Vaccination report Assam 1896-1927 - 1896-1927
Year: 1896
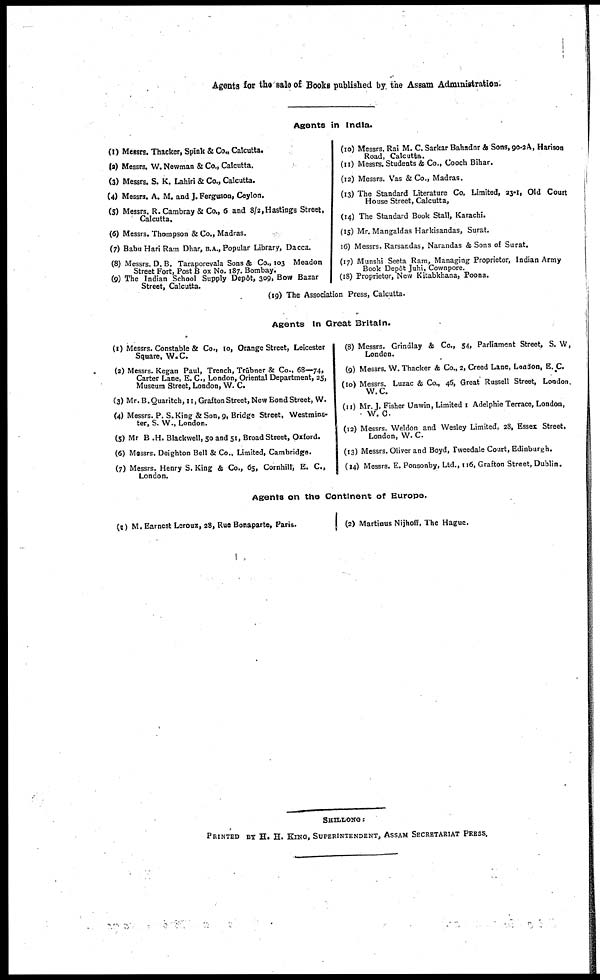
Agents for the sale of Books published by the Assam Administration.
Agents in India.
(1) Messrs. Thacker, Spink & Co., Calcutta.
(2) Messrs. W. Newman & Co., Calcutta.
(3) Messrs. S. K. Lahiri & Co., Calcutta.
(4) Messrs. A. M. and J. Ferguson, Ceylon.
(5) Messrs. R. Cambray & Co., 6 and 8/2, Hastings Street,
Calcutta,
(6) Messrs. Thompson & Co., Madras.
(7) Babu Hari Ram Dhar, B.A., Popular Library, Dacca.
(8) Messrs. D. B. Taraporevala Sons & Co., 103 Meadon
Street Fort, Post Box No. 187. Bombay.
(9) The Indian School Supply Depôt, 309, Bow Bazar
Street, Calcutta.
(10) Messrs. Rai M. C. Sarkar Bahadur & Sons, 90-2A, Hanson
Road, Calcutta.
(11) Messrs. Students & Co., Cooch Bihar.
(12) Messrs. Vas & Co., Madras.
(13) The Standard Literature Co. Limited, 23-1, Old Court
House Street, Calcutta,
(14) The Standard Book Stall, Karachi.
(15) Mr. Mangaldas Harkisandas, Surat.
16) Messrs. Rarsandas, Narandas & Sons of Surat.
(17) Munshi Seeta Ram, Managing Proprietor, Indian Army
Book Dep6t Juhi, Cownpore.
(18) Proprietor, New Kitabkhana, Poona.
(19) The Association Press, Calcutta.
Agents In Great Britain.
(1) Messrs. Constable & Co., 10, Orange Street, Leicester
Square, W.C.
(2) Messrs. Kegan Paul, Trench, Trübner & Co., 68—74,
Carter Lane, E. C, London, Oriental Department, 25,
Museum Street, London, W. C.
(3) Mr. B.Quaritch, 11, Grafton Street, New Bond Street, W.
(4) Messrs. P. S. King & Son, 9, Bridge Street, Westmins-
ter, S. W., London.
(5) Mr B .H. Blackwell, 50 and 51, Broad Street, Oxford.
(6) Messrs. Deighton Bell & Co., Limited, Cambridge.
(7) Messrs. Henry S. King & Co., 65, Cornhill, E. C,
London.
(8) Messrs. Grindlay & Co., 54, Parliament Street, S. W,
London.
(9) Messrs. W. Thacker & Co., 2, Creed Lane, London, E. C.
(10) Messrs. Luzac & Co., 46, Great Russell Street, London.
W.C.
(11) Mr. J. Fisher Unwin, Limited 1 Adelphie Terrace, London,
W. C.
(12) Messrs. Weldon and Wesley Limited, 28, Essex Street.
London, W. C
(13) Messrs. Oliver and Boyd, Tweedale Court, Edinburgh.
(14) Messrs. E. Ponsonby, Ltd., 116, Grafton Street, Dublin.
Agents on the Continent of Europe.
(«) M. Earnest Leroux, 28, Rue Bonaparte, Paris.
(2) Martinus Nijhoff, The Hague.
SHILLONG:
PRINTED BY H. H. KING, SUPERINTENDENT, ASSAM SECRETARIAT PRESS.